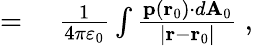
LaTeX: \begin{array}{rl}{={}}&{{}{\frac{1}{4\pi\varepsilon_{0}}}\int{\frac{\mathbf{p}\left(\mathbf{r}_{0}\right)\cdot d\mathbf{A}_{0}}{\left|\mathbf{r}-\mathbf{r}_{0}\right|}}\ ,}\end{array}